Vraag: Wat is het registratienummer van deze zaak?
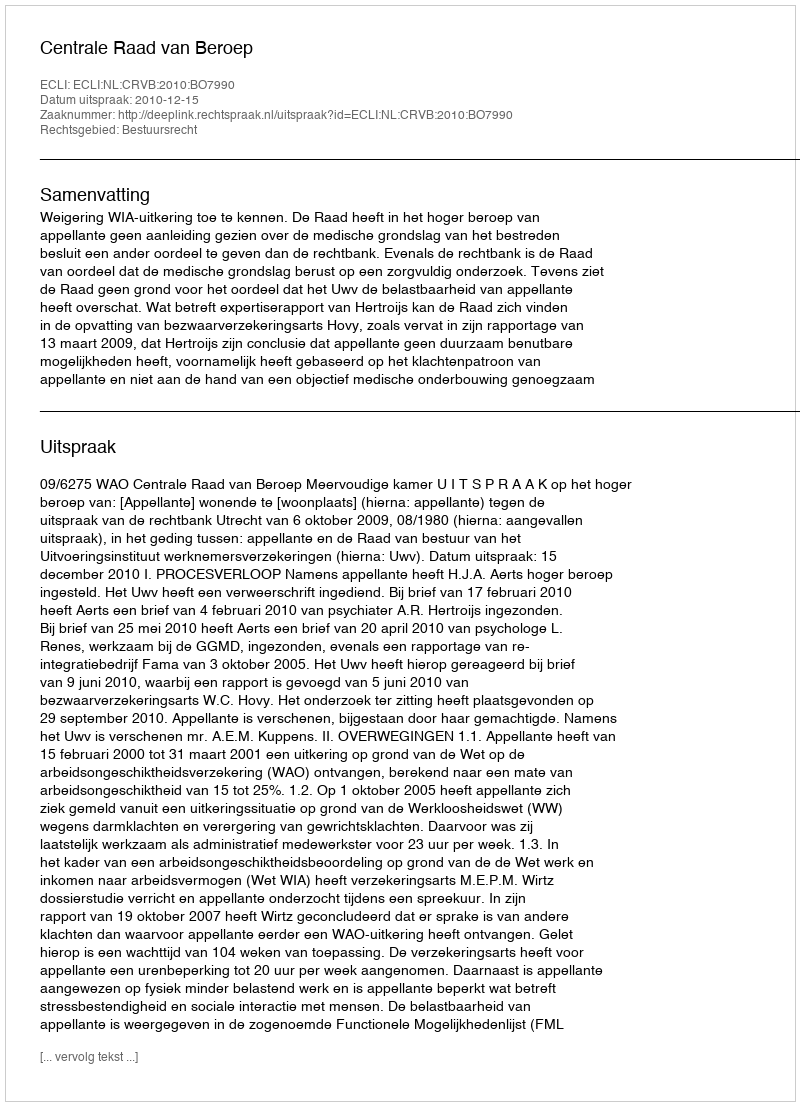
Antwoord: http://deeplink.rechtspraak.nl/uitspraak?id=ECLI:NL:CRVB:2010:BO7990